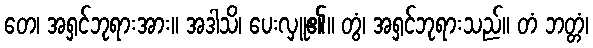
တေ၊ အရှင်ဘုရားအား။ အဒါသိ၊ ပေးလှူ၏။ တွံ၊ အရှင်ဘုရားသည်။ တံ ဘတ္တံ၊